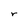
Character: r